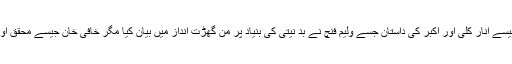
ان کا کہنا تھا کہ تاریخی اعتبار سے یہ داستان بالکل اسی طرح کی ہے جیسے انار کلی اور اکبر کی داستان جسے ولیم فنچ نے بد نیتی کی بنیاد پر من گھڑت انداز میں بیان کیا مگر خافی خان جیسے محقق اور مورخ جو اکبر کے معاصر تھے ان کے ہاں اس کا کہیں ذکر نہیں ملتا۔